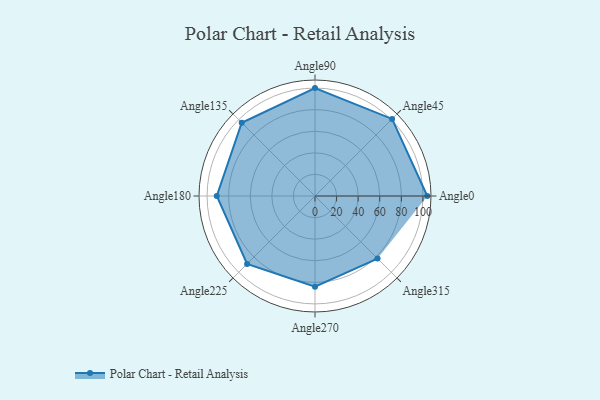
{"axis": {"x": "Angle", "y": "Radius"}, "legend": [""], "data": [{"x": "Angle0", "y": 104.0, "type": ""}, {"x": "Angle45", "y": 101.0, "type": ""}, {"x": "Angle90", "y": 100.0, "type": ""}, {"x": "Angle135", "y": 96.0, "type": ""}, {"x": "Angle180", "y": 91.0, "type": ""}, {"x": "Angle225", "y": 89.0, "type": ""}, {"x": "Angle270", "y": 84.0, "type": ""}, {"x": "Angle315", "y": 82.0, "type": ""}]}